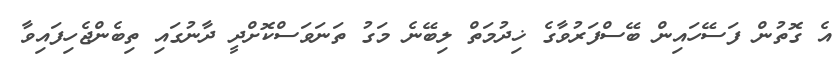
އެ ގޮތުން ފަސޭހައިން ބޭސްފަރުވާގެ ޚިދުމަތް ލިބޭނެ މަގު ތަނަވަސްކޮށްދީ ދާނުގައި ތިބެންޖެހިފައިވާ